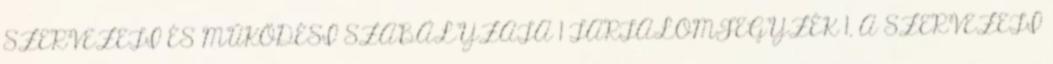
SZERVEZETI ÉS MŰKÖDÉSI SZABÁLYZATA 1 TARTALOMJEGYZÉK 1. A SZERVEZETI